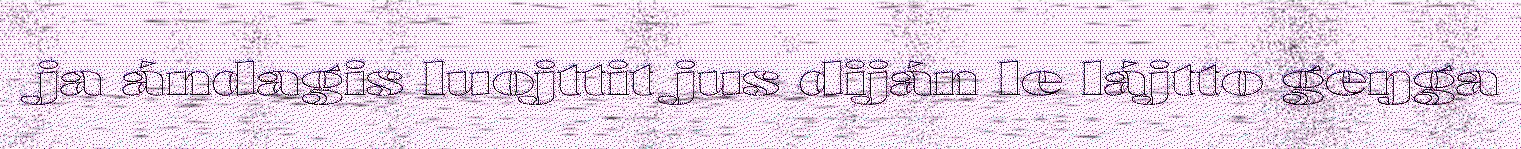
ja ándagis luojttit jus diján le lájtto geŋga